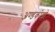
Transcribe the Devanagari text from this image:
अण्डकोसो